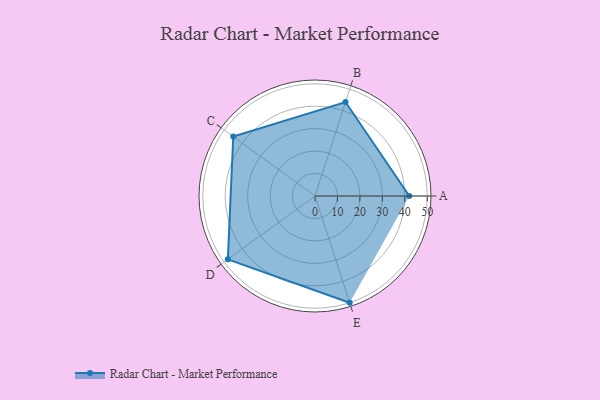
{"axis": {"x": "Skill", "y": "Score"}, "legend": ["Profile"], "data": [{"x": "A", "y": 42.0, "type": "Profile"}, {"x": "B", "y": 44.0, "type": "Profile"}, {"x": "C", "y": 45.0, "type": "Profile"}, {"x": "D", "y": 48.0, "type": "Profile"}, {"x": "E", "y": 50.0, "type": "Profile"}]}